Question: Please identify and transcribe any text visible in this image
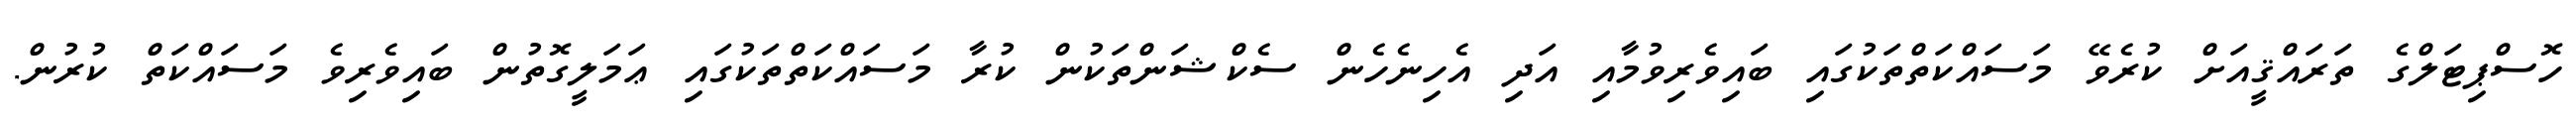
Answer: ހޮސްޕިޓަލްގެ ތަރައްޤީއަށް ކުރެވޭ މަސައްކަތްތަކުގައި ބައިވެރިވުމާއި އަދި އެހިނެހެން ސެކްޝަންތަކުން ކުރާ މަސައްކަތްތަކުގައި ޢަމަލީގޮތުން ބައިވެރިވެ މަސައްކަތް ކުރުން.